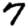
Digit: 7